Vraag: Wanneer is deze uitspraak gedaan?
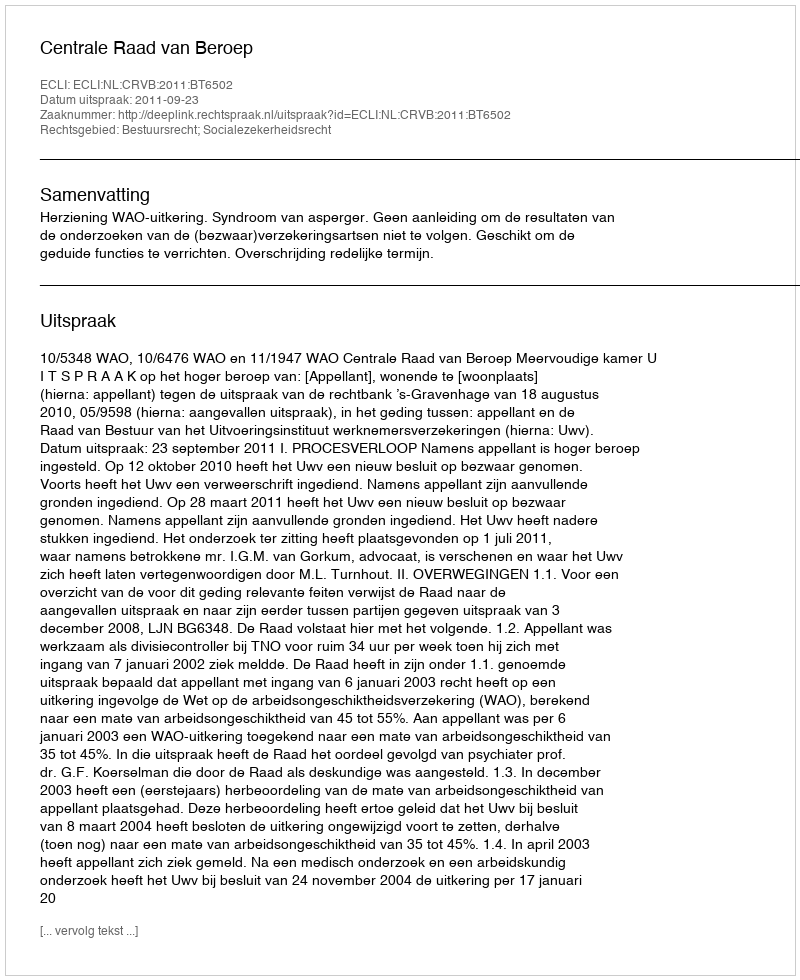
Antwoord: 2011-09-23